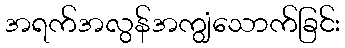
အရက်အလွန်အကျွံသောက်ခြင်း